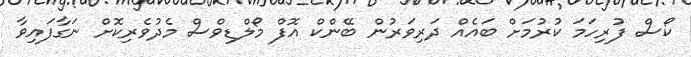
ކޯސް ފުރިހަމަ ކުރުމަށް ބައެއް ދަރިވަރުން ބޭންކް އޮފް މޯލްޑިވްސް މެދުވެރިކޮށް ނަގާފައިވާ